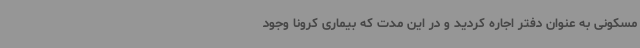
مسکونی به عنوان دفتر اجاره کردید و در این مدت که بیماری کرونا وجود